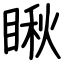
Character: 瞅